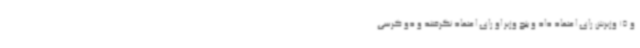
و 15 وزیرش رای اعتماد داد و پنج وزیر او رای اعتماد نگرفتند و دو کرسی